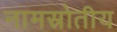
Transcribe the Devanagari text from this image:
नामस्रोतीय